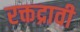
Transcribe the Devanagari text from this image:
रक्तद्रावी